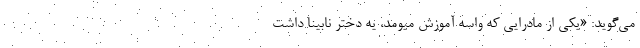
می‌گوید: «یکی از مادرایی که واسه آموزش میومد، یه دختر نابینا داشت